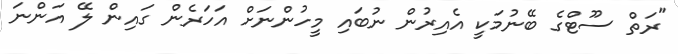
"ރަތް ސޫޓްގެ ބޭނުމަކީ އެއިރުން ނުބައި މީހުންނަށް އަހަރެން ގައިން ލޭ އަންނަ